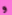
و